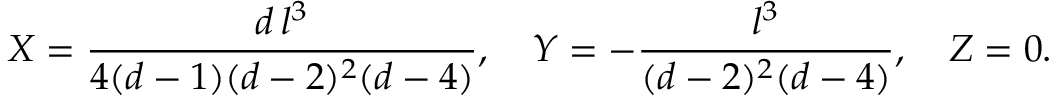
X = { \frac { d \, l ^ { 3 } } { 4 ( d - 1 ) ( d - 2 ) ^ { 2 } ( d - 4 ) } } , \quad Y = - { \frac { l ^ { 3 } } { ( d - 2 ) ^ { 2 } ( d - 4 ) } } , \quad Z = 0 .